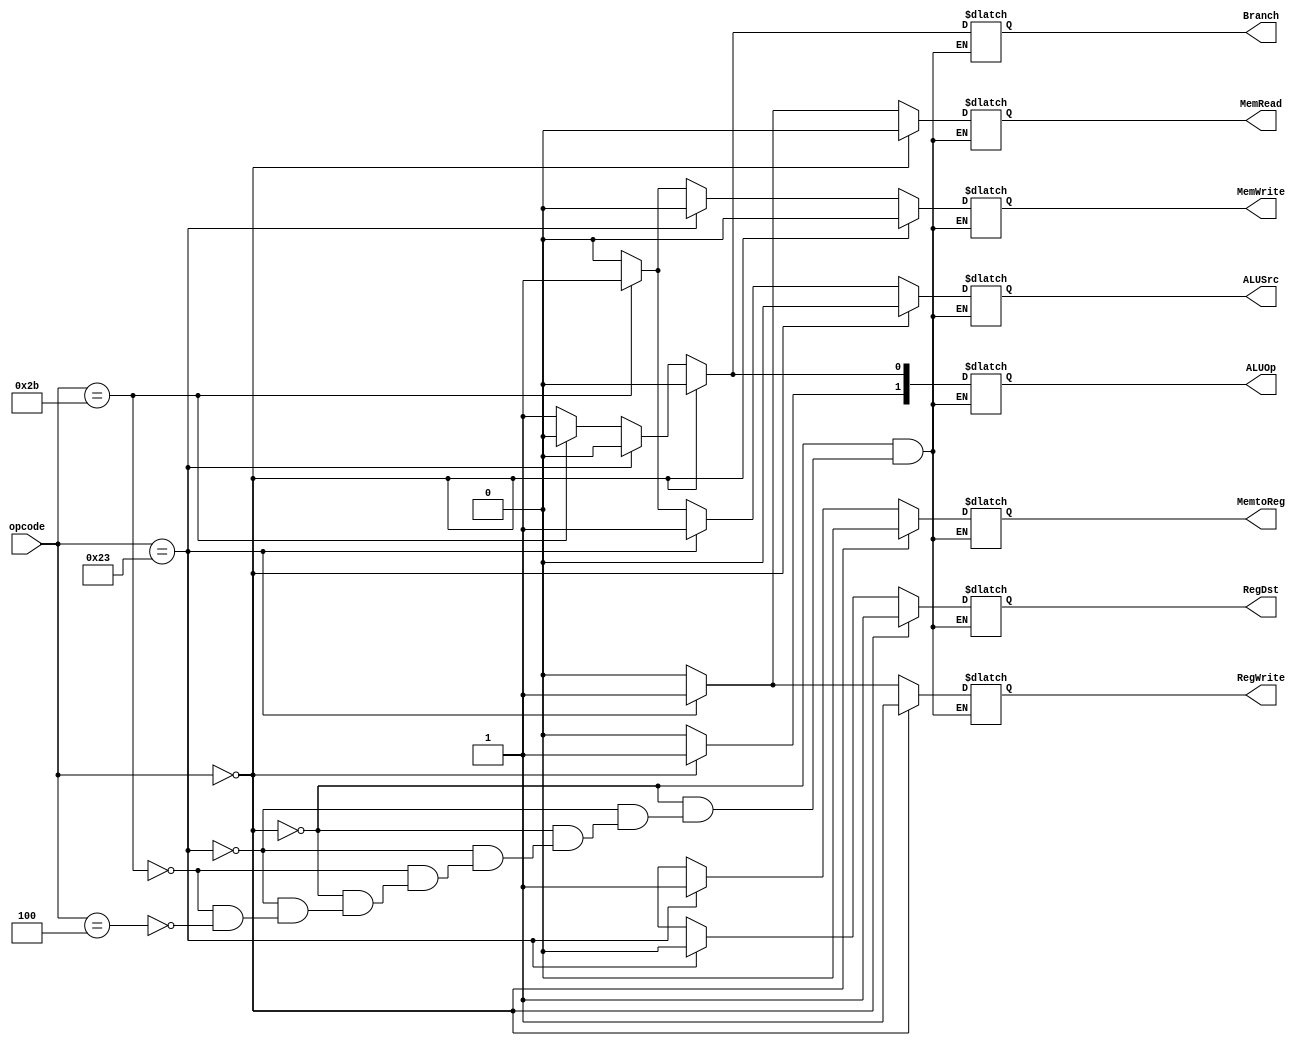
`timescale 1ns / 1ps

module ControlUnit(opcode,
               RegDst,
               Branch,
               MemRead,
               MemtoReg,
               ALUOp,
               MemWrite,
               ALUSrc,
               RegWrite);
   input [5:0] opcode;
   output reg RegDst,
              MemRead,
              MemtoReg,
              MemWrite,
              ALUSrc,
              Branch,
              RegWrite;
   output reg [1:0] ALUOp;

   always @(*) begin
      if(opcode == 6'h00) begin // r-type
         ALUOp[1] = 1; RegWrite = 1 ;RegDst = 1;
         ALUOp[0] = 0; Branch = 0; MemWrite = 0;
         MemRead = 0; MemtoReg = 0; ALUSrc = 0;
      end 
      else if(opcode == 6'b100011) begin // lw
         RegDst = 0; MemWrite = 0; Branch = 0;
         ALUOp = 0;
         ALUSrc = 1; MemtoReg = 1; RegWrite = 1;
         MemRead = 1;
      end
      else if(opcode == 6'b101011) begin // sw
         MemtoReg = 1'bx; RegDst = 1'bx;
         ALUSrc = 1; MemWrite = 1;
         RegWrite = 0; MemRead = 0; Branch = 0;
         ALUOp = 0;
      end
      else if(opcode == 6'b000100) begin // beq
         MemtoReg = 1'bx; RegDst = 1'bx;
         RegWrite = 0; MemRead = 0; MemWrite = 0;
         ALUOp[1] = 0; ALUSrc = 0;
         Branch = 1; ALUOp[0] = 1;
      end
   end


endmodule // main